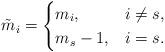
LaTeX: \begin{align*} \tilde{m}_i=\begin{cases} m_i,&i\neq s,\\ m_s-1,&i=s.\end{cases}\end{align*}